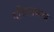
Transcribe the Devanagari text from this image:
बदिसायला